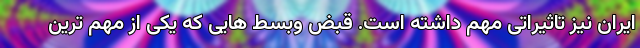
ایران نیز تاثیراتی مهم داشته است. قبض وبسط هایی که یکی از مهم ترین